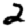
Digit: 2